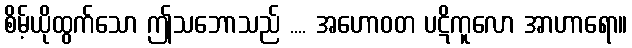
စိမ့်ယိုထွက်သော ဤသဘောသည် .... အဟောဝတ ပဋိကူလော အာဟာရော။